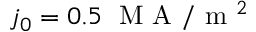
j _ { 0 } = 0 . 5 \; \mathrm { ~ M ~ A ~ } / \mathrm { ~ m ~ } ^ { 2 }